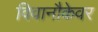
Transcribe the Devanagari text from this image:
विवानौकेवर